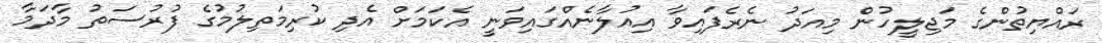
ރައްޔިތުންގެ މަޖިލީހުން މިއަދު ނެރެފައިވާ އިއުލާނެއްގައިވަނީ އެކަމަށް އެދި ކުރިމަތިލުމުގެ ފުރުސަތު މާދަމާ